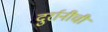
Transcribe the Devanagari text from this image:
दुर्रानीची